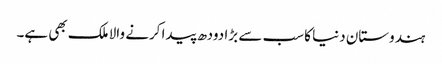
ہندوستان دنیا کا سب سے بڑا دودھ پیدا کرنے والا ملک بھی ہے۔